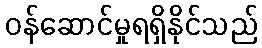
ဝန်ဆောင်မှုရရှိနိုင်သည်